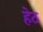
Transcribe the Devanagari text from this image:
हेठ